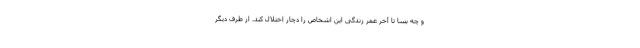
و چه بسا تا آخر عمر زندگی این اشخاص را دچار اختلال کند. از طرف دیگر